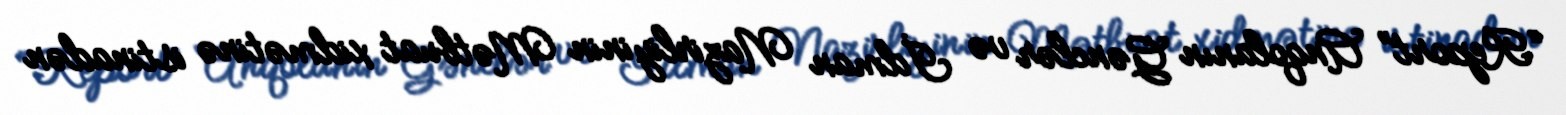
“Report” Anqolanın Gənclər və İdman Nazirliyinin Mətbuat xidmətinə istinadən